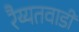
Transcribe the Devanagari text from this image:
रैय्यतवाडीं